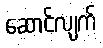
ဆောင်လျက်